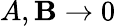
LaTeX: A,\mathbf{B}\rightarrow0